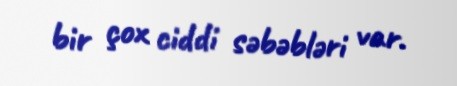
bir çox ciddi səbəbləri var.